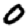
Digit: 0